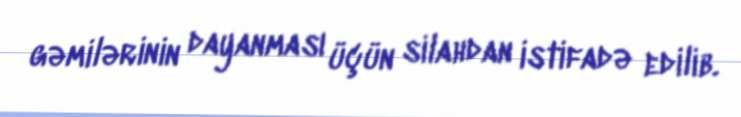
gəmilərinin dayanması üçün silahdan istifadə edilib.